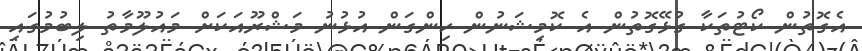
އެގޮތުން ކޯޓުތަކާ ގުޅޭގޮތުން އެ ކޮމިޝަނުން ހިންގަން އުޅުނު މަޝްރޫއަކަށް މައުލޫމާތު ލިބުމުގައި